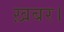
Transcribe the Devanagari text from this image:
ख़बर।